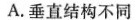
A. 垂直结构不同